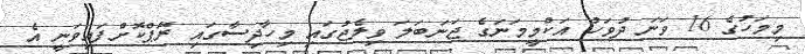
މިމަހުގެ 16 ވަނަ ދުވަހު އަކްމީމަނަގެ ޖަނަބަލަ ވިލެޖުގައި މިހާދިސާގައި ރޭޕްކޮށްފައިވަނީ އެ